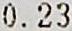
0.23